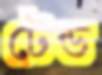
টেন্ড